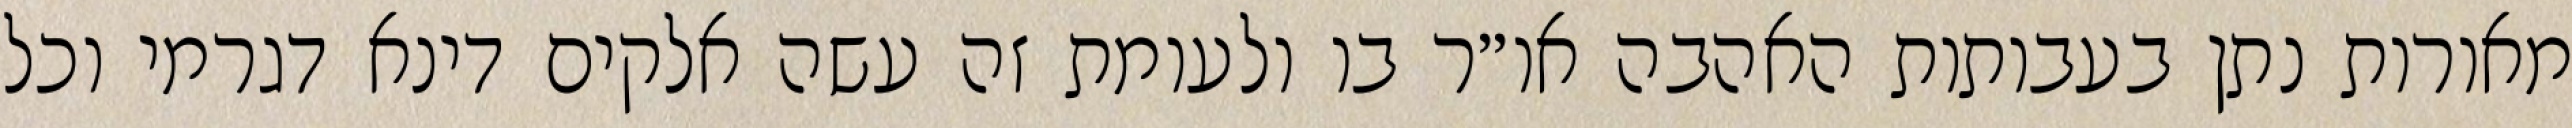
מאורות נתן בעבותות האהבה או״ר בו ולעומת זה עשה אלקים דינא דגרמי וכל